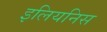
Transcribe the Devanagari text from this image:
इलियनिस